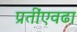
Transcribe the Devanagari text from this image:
प्रतींएवढा